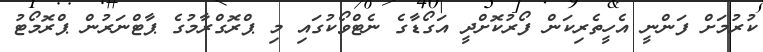
ކުރުމަށް ފަންނީ އެހީތެރިކަން ފޯރުކޮށްދީ އަގޯޑާގެ ނެޓްވޯކުގައި މި ޕްރޮގްރާމުގެ ޕާޓްނަރުން ޕްރޮމޯޓު